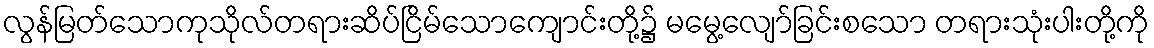
လွန်မြတ်သောကုသိုလ်တရားဆိပ်ငြိမ်သောကျောင်းတို့၌ မမွေ့လျော်ခြင်းစသော တရားသုံးပါးတို့ကို